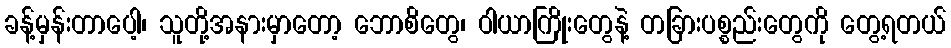
ခန့်မှန်းတာပေါ့၊ သူတို့အနားမှာတော့ ဘောစိတွေ၊ ဝါယာကြိုးတွေနဲ့ တခြားပစ္စည်းတွေကို တွေ့ရတယ်